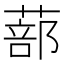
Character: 蔀